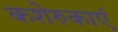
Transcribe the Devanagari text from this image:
कशेरुकाएं